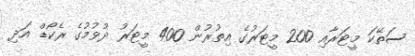
ސަތޭކަ މީޓަރާއި 200 މީޓަރުގެ އިތުރުން 400 މީޓަރު ދުވުމުގެ ރެކޯޑް އަދި